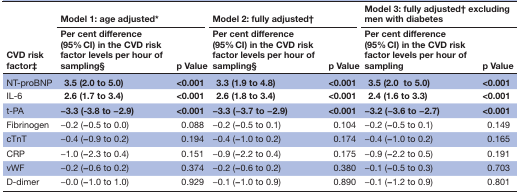
<table><thead><tr><td rowspan="2"><b>CVD risk factor‡</b></td><td colspan="2"><b>Model 1: age adjusted*</b></td><td colspan="2"><b>Model 2: fully adjusted†</b></td><td colspan="2"><b>Model 3: fully adjusted† excluding men with diabetes</b></td></tr><tr><td><b>Per cent difference (95% CI) in the CVD risk factor levels per hour of sampling§</b></td><td><b>p Value</b></td><td><b>Per cent difference (95% CI) in the CVD risk factor levels per hour of sampling§</b></td><td><b>p Value</b></td><td><b>Per cent difference (95% CI) in the CVD risk factor levels per hour of sampling</b></td><td><b>p Value</b></td></tr></thead><tbody><tr><td>NT-proBNP</td><td><b>3.5 (2.0 to 5.0)</b></td><td><b>&lt;0.001</b></td><td><b>3.3 (1.9 to 4.8)</b></td><td><b>&lt;0.001</b></td><td><b>3.5 (2.0 to 5.0)</b></td><td><b>&lt;0.001</b></td></tr><tr><td>IL-6</td><td><b>2.6 (1.7 to 3.4)</b></td><td><b>&lt;0.001</b></td><td><b>2.6 (1.8 to 3.4)</b></td><td><b>&lt;0.001</b></td><td><b>2.4 (1.6 to 3.3)</b></td><td><b>&lt;0.001</b></td></tr><tr><td>t-PA</td><td><b>−3.3 (-3.8 to −2.9)</b></td><td><b>&lt;0.001</b></td><td><b>−3.3 (−3.7 to −2.9)</b></td><td><b>&lt;0.001</b></td><td><b>−3.2 (−3.6 to −2.7)</b></td><td><b>&lt;0.001</b></td></tr><tr><td>Fibrinogen</td><td>−0.2 (<b>−</b>0.5 to 0.0)</td><td>0.088</td><td>−0.2 (<b>−</b>0.5 to 0.1)</td><td>0.104</td><td>−0.2 (<b>−</b>0.5 to 0.1)</td><td>0.149</td></tr><tr><td>cTnT</td><td>−0.4 (<b>−</b>0.9 to 0.2)</td><td>0.194</td><td>−0.4 (<b>−</b>1.0 to 0.2)</td><td>0.174</td><td>−0.4 (<b>−</b>1.0 to 0.2)</td><td>0.165</td></tr><tr><td>CRP</td><td>−1.0 (<b>−</b>2.3 to 0.4)</td><td>0.151</td><td>−0.9 (<b>−</b>2.2 to 0.4)</td><td>0.175</td><td>−0.9 (<b>−</b>2.2 to 0.5)</td><td>0.191</td></tr><tr><td>vWF</td><td>−0.2 (<b>−</b>0.6 to 0.2)</td><td>0.374</td><td>−0.2 (<b>−</b>0.6 to 0.2)</td><td>0.380</td><td>−0.1 (<b>−</b>0.5 to 0.3)</td><td>0.703</td></tr><tr><td>D-dimer</td><td>−0.0 (<b>−</b>1.0 to 1.0)</td><td>0.929</td><td>−0.1 (<b>−</b>1.0 to 0.9)</td><td>0.890</td><td>−0.1 (<b>−</b>1.2 to 0.9)</td><td>0.801</td></tr></tbody></table>